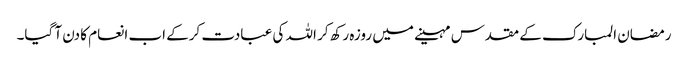
رمضان المبارک کے مقدس مہینے میں روزہ رکھ کر اللہ کی عبادت کرکے اب انعام کا دن آ گیا۔